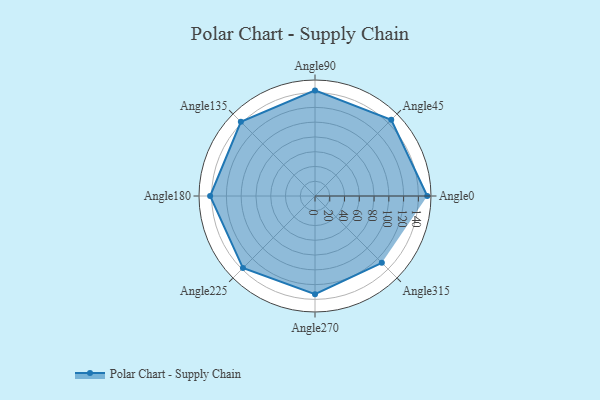
{"axis": {"x": "Angle", "y": "Radius"}, "legend": [""], "data": [{"x": "Angle0", "y": 152.0, "type": ""}, {"x": "Angle45", "y": 146.0, "type": ""}, {"x": "Angle90", "y": 143.0, "type": ""}, {"x": "Angle135", "y": 142.0, "type": ""}, {"x": "Angle180", "y": 142.0, "type": ""}, {"x": "Angle225", "y": 138.0, "type": ""}, {"x": "Angle270", "y": 133.0, "type": ""}, {"x": "Angle315", "y": 128.0, "type": ""}]}